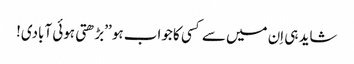
شاید ہی اِن میں سے کسی کا جواب ہو ’’بڑھتی ہوئی آبادی!